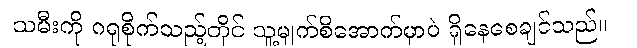
သမီးကို ဂရုစိုက်သည့်တိုင် သူ့မျက်စိအောက်မှာပဲ ရှိနေစေချင်သည်။